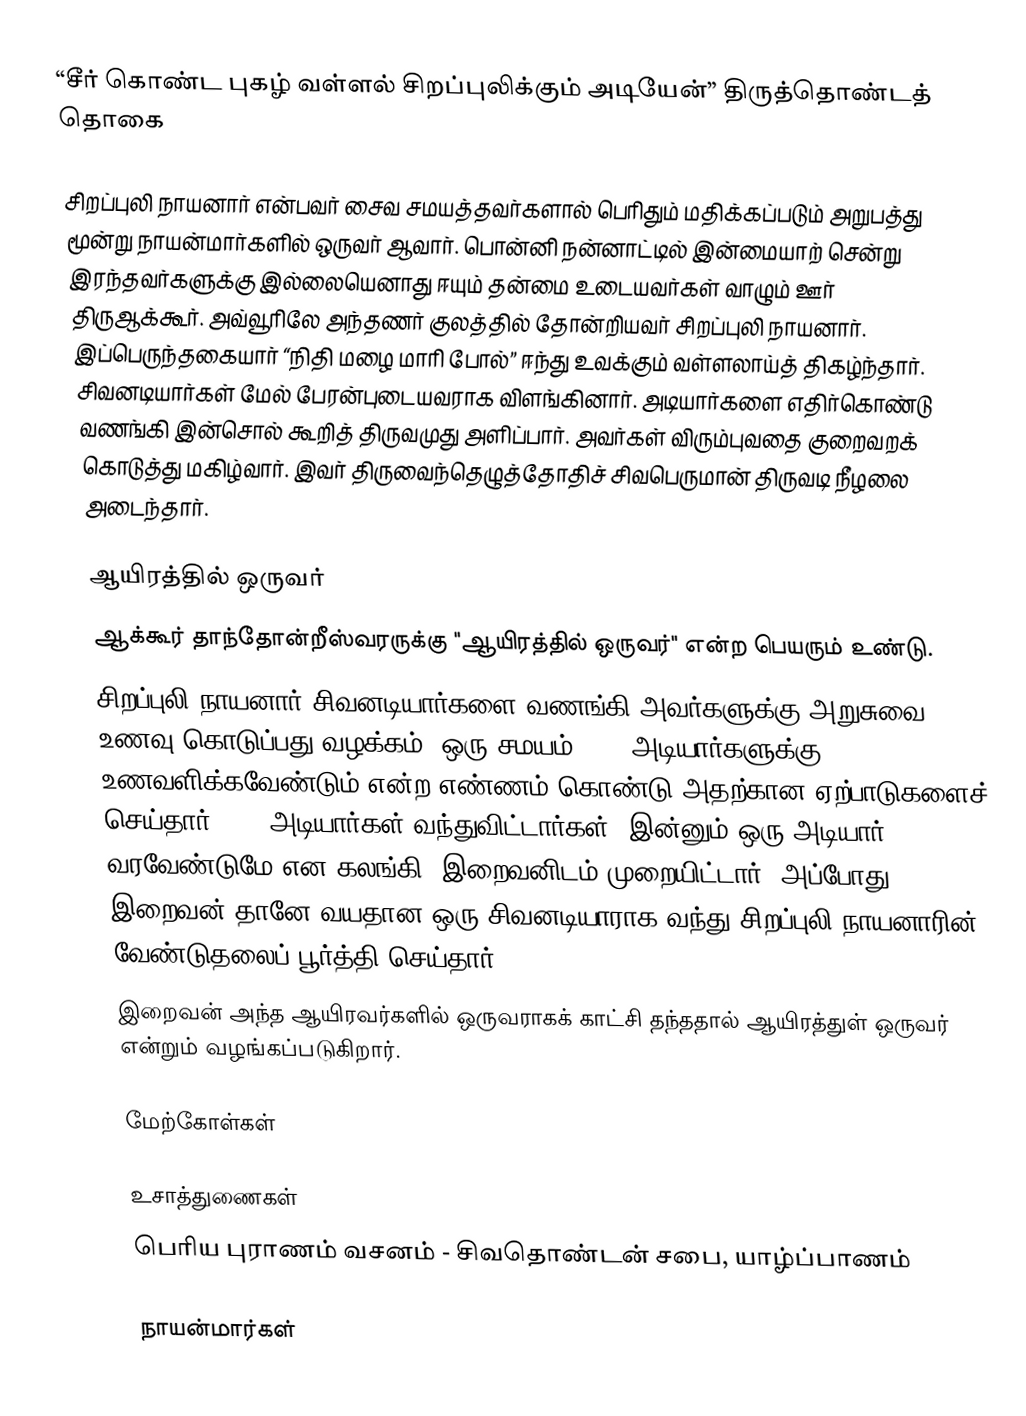
“சீர் கொண்ட புகழ் வள்ளல் சிறப்புலிக்கும் அடியேன்” திருத்தொண்டத் தொகை

சிறப்புலி நாயனார் என்பவர் சைவ சமயத்தவர்களால் பெரிதும் மதிக்கப்படும் அறுபத்து மூன்று நாயன்மார்களில் ஒருவர் ஆவார். பொன்னி நன்னாட்டில் இன்மையாற் சென்று இரந்தவர்களுக்கு இல்லையெனாது ஈயும் தன்மை உடையவர்கள் வாழும் ஊர் திருஆக்கூர். அவ்வூரிலே அந்தணர் குலத்தில் தோன்றியவர் சிறப்புலி நாயனார். இப்பெருந்தகையார் “நிதி மழை மாரி போல்” ஈந்து உவக்கும் வள்ளலாய்த் திகழ்ந்தார். சிவனடியார்கள் மேல் பேரன்புடையவராக விளங்கினார். அடியார்களை எதிர்கொண்டு வணங்கி இன்சொல் கூறித் திருவமுது அளிப்பார். அவர்கள் விரும்புவதை குறைவறக் கொடுத்து மகிழ்வார். இவர் திருவைந்தெழுத்தோதிச் சிவபெருமான் திருவடி நீழலை அடைந்தார்.

ஆயிரத்தில் ஒருவர்
ஆக்கூர் தாந்தோன்றீஸ்வரருக்கு "ஆயிரத்தில் ஒருவர்" என்ற பெயரும் உண்டு.
சிறப்புலி நாயனார் சிவனடியார்களை வணங்கி அவர்களுக்கு அறுசுவை உணவு கொடுப்பது வழக்கம். ஒரு சமயம் 1000 அடியார்களுக்கு உணவளிக்கவேண்டும் என்ற எண்ணம் கொண்டு அதற்கான ஏற்பாடுகளைச் செய்தார். 999 அடியார்கள் வந்துவிட்டார்கள். இன்னும் ஒரு அடியார் வரவேண்டுமே என கலங்கி, இறைவனிடம் முறையிட்டார். அப்போது இறைவன் தானே வயதான ஒரு சிவனடியாராக வந்து சிறப்புலி நாயனாரின் வேண்டுதலைப் பூர்த்தி செய்தார்.
இறைவன் அந்த ஆயிரவர்களில் ஒருவராகக் காட்சி தந்ததால் ஆயிரத்துள் ஒருவர் என்றும் வழங்கப்படுகிறார்.

மேற்கோள்கள்

உசாத்துணைகள்
பெரிய புராணம் வசனம் - சிவதொண்டன் சபை, யாழ்ப்பாணம்

நாயன்மார்கள்